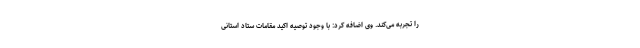
را تجربه می‌کند. وی اضافه کرد: با وجود توصیه اکید مقامات ستاد استانی